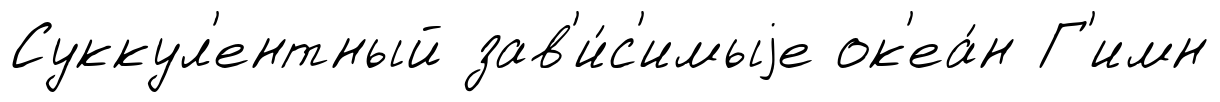
Суккул'ентный зав'и́с'имыjе ок'еа́н Г'имн